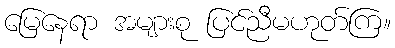
မြေနေရာ အများစု ပြင်ညီမဟုတ်ကြ။